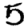
Digit: 5